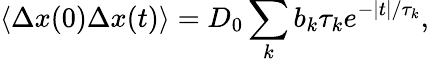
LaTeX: \left\langle\Delta x(0)\Delta x(t)\right\rangle=D_{0}\sum_{k}b_{k}\tau_{k}e^{-|t|/\tau_{k}},